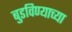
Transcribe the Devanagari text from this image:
बुडविण्याच्या